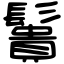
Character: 䰎